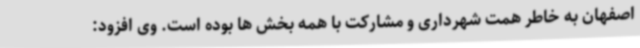
اصفهان به خاطر همت شهرداری و مشارکت با همه بخش ها بوده است. وی افزود: